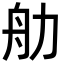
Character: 𬜑